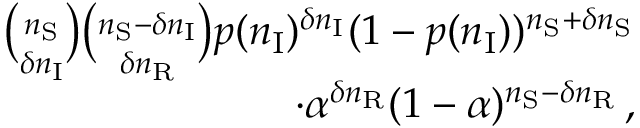
\begin{array} { r } { \binom { n _ { \mathrm { S } } } { \delta n _ { \mathrm { I } } } \binom { n _ { \mathrm { S } } - \delta n _ { \mathrm { I } } } { \delta n _ { \mathrm { R } } } p ( n _ { \mathrm { I } } ) ^ { \delta n _ { \mathrm { I } } } ( 1 - p ( n _ { \mathrm { I } } ) ) ^ { n _ { \mathrm { S } } + \delta n _ { \mathrm { S } } } } \\ { \cdot \alpha ^ { \delta n _ { \mathrm { R } } } ( 1 - \alpha ) ^ { n _ { \mathrm { S } } - \delta n _ { \mathrm { R } } } \, , } \end{array}